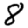
Digit: 8